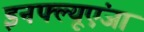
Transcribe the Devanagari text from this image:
इनफ्ल्यूएंजा